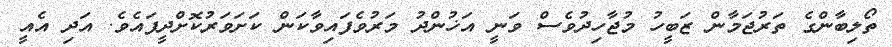
ތޯލިބާންގެ ތަރުޖަމާން ޒަބީހު މުޖާހިދުވެސް ވަނީ އަޚުންދު މަރުވެފައިވާކަން ކަށަވަރުކޮށްދީފައެވެ. އަދި އެއީ